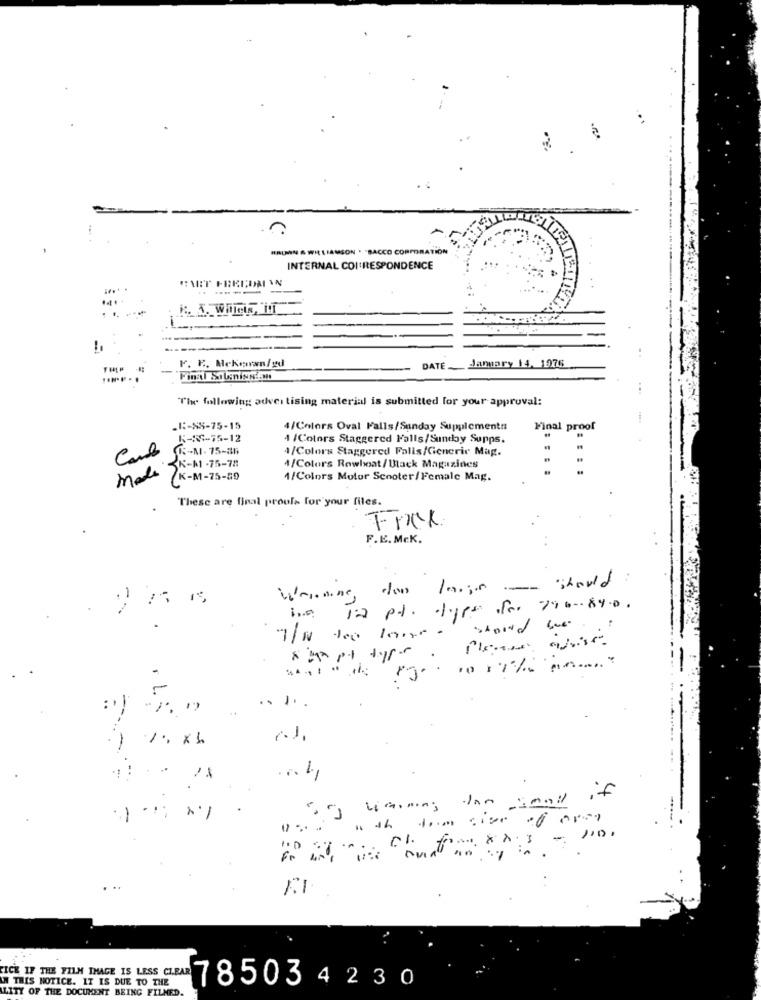
MRUN & WILLIAMSON . "BACCO CORPORATION
INTERNAL COI'RESPONDENCE
. .
...
-
DATE __ January 14. 1976
F. F. Mekonwn/gd
The following advertising material is submitted for your approval:
.K-SS-75-15
4/Colors Oval Falls/Sunday Supplements
Final proof
5-88-55-12
4 /Colors Staggered Falls/Sunday Supps.
KM. 75-36
4/Colors Staggered Falls/Generic Mag.
3K-11-75-78
4/Colors Rowboat /Black Magazines
Made
CK-M-75-89
1/Colors Motor Scooter/Female Mag.
These are final proofs for your files.
F.E. MEK.
Wannaone, don large - should
-
De 12 pt. typs for 790 -. 84.0.
Should we
7/N 100 low
Please qvist
- .
.. .. .
-
5of warming for small if
with the size of opel
. ..
-
FI
CICE IF THE FILM THAGE IS LESS CLEAR
IN THIS NOTICE. IT IS DUE TO THE
ALITY OF THE DOCUMENT BEING FILMED.
785034230